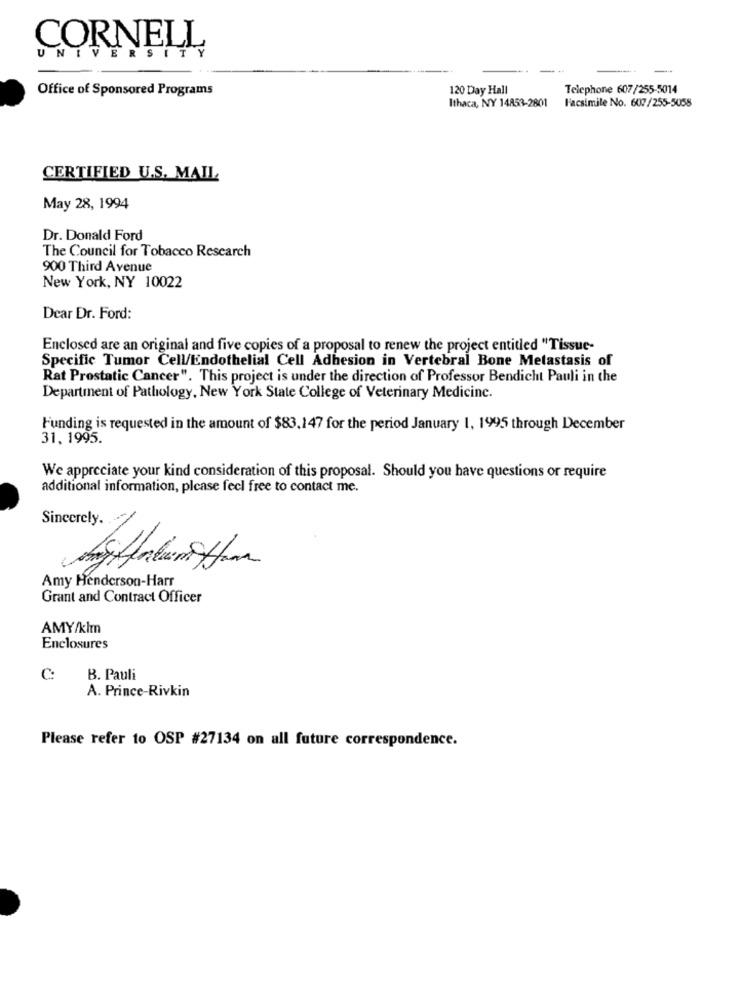
CORNELL
UNIVERSITY
Office of Sponsored Programs
120 Day Hall
Telephone 607/255-5014
Ithaca, NY 14853-2801
Facsimile No. 607/255-5058
CERTIFIED U.S. MAIL
May 28, 1994
Dr. Donald Ford
The Council for Tobacco Research
900 Third Avenue
New York, NY 10022
Dear Dr. Ford:
Enclosed are an original and five copies of a proposal to renew the project entitled "Tissue-
Specific Tumor Cell/Endothelial Cell Adhesion in Vertebral Bone Metastasis of
Rat Prostatic Cancer". This project is under the direction of Professor Bendicht Pauli in the
Department of Pathology, New York State College of Veterinary Medicine.
Funding is requested in the amount of $83.147 for the period January 1, 1995 through December
31, 1995.
We appreciate your kind consideration of this proposal. Should you have questions or require
additional information, please feel free to contact me.
Sincerely.
Amy Henderson-Harr
Grant and Contract Officer
AMY/klm
Enclosures
C:
B. Pauli
A. Prince-Rivkin
Please refer to OSP #27134 on all future correspondence.